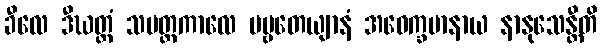
ခီလေ ဒီဃတ္တံ သမတ္ထကာလေ ပဗ္ဗတေယျာနံ အဝေက္ခမာနာယ နာနုသေန္တီတိ